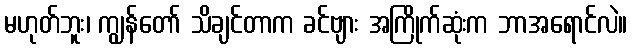
မဟုတ်ဘူး၊ ကျွန်တော် သိချင်တာက ခင်ဗျား အကြိုက်ဆုံးက ဘာအရောင်လဲ။